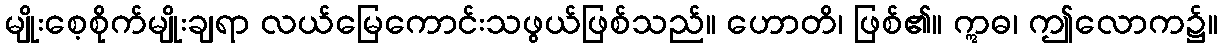
မျိုးစေ့စိုက်မျိုးချရာ လယ်မြေကောင်းသဖွယ်ဖြစ်သည်။ ဟောတိ၊ ဖြစ်၏။ ဣဓ၊ ဤလောက၌။